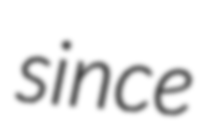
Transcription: since